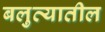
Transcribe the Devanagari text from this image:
बलुत्यातील